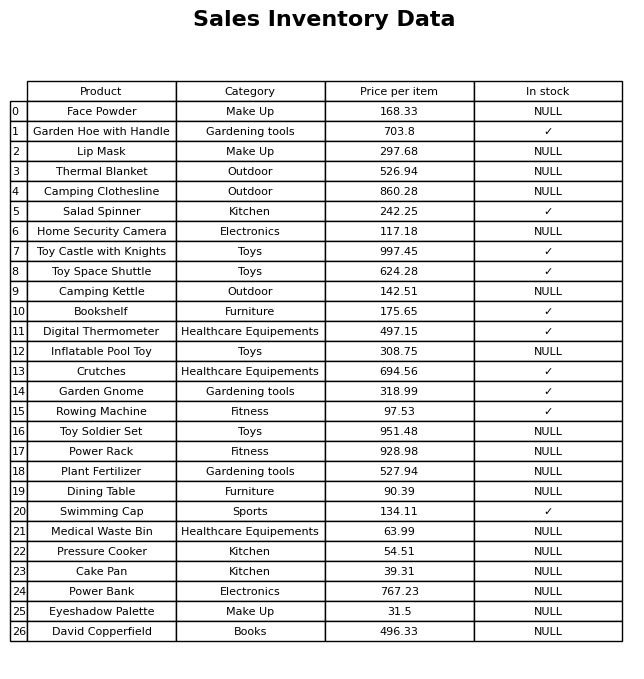
question: What is the price of the Eyeshadow Palette?
answer: The price of Eyeshadow Palette is 31.5.